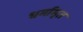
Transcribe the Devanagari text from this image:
धर्मामृत